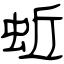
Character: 蚯